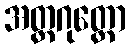
အတ္တဂုတ္တော